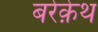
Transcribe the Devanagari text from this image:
बरेक़ेथ